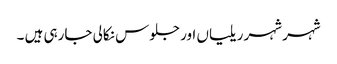
شہر شہر ریلیاں اور جلوس نکالی جارہی ہیں ۔